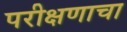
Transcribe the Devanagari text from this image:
परीक्षणाचा